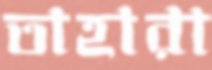
তাহারা